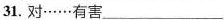
31.对……有害___